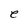
Character: e